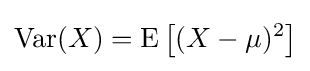
\operatorname {Var} (X)=\operatorname {E} \left[(X-\mu )^{2}\right]